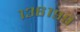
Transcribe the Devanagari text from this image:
१३६१९९